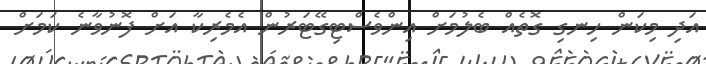
އަދި މިކަން ހިނގި ގޮތެއް ބެލުމަށް އިންވެސްޓިގޭޓަރުން އެމެރިކާ އަށް ފޮނުވާނެ ކަމަށް